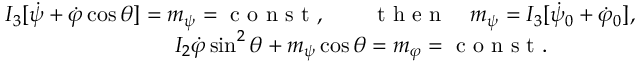
\begin{array} { r } { I _ { 3 } [ \dot { \psi } + \dot { \varphi } \cos \theta ] = m _ { \psi } = \mathrm { ~ c ~ o ~ n ~ s ~ t ~ } , \qquad \mathrm { ~ t ~ h ~ e ~ n ~ } \quad m _ { \psi } = I _ { 3 } [ \dot { \psi } _ { 0 } + \dot { \varphi } _ { 0 } ] , } \\ { I _ { 2 } \dot { \varphi } \sin ^ { 2 } \theta + m _ { \psi } \cos \theta = m _ { \varphi } = \mathrm { ~ c ~ o ~ n ~ s ~ t ~ } . \qquad \qquad } \end{array}